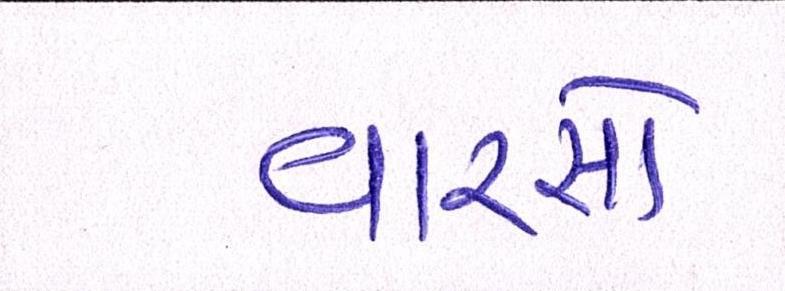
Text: વારસો